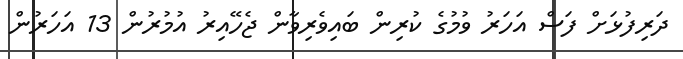
ދަރިފުޅަށް ފަސް އަހަރު ވުމުގެ ކުރިން ބައިވެރިވާން ޖެހޭއިރު އުމުރުން 13 އަހަރުން